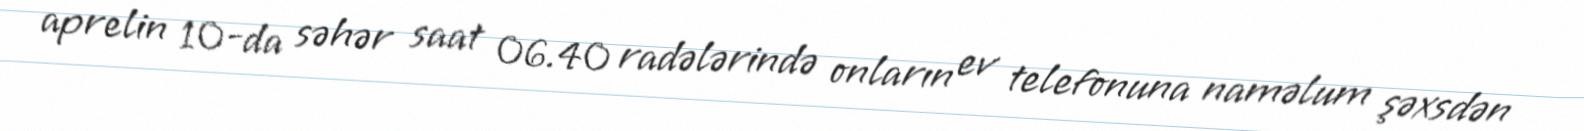
aprelin 10-da səhər saat 06.40 radələrində onların ev telefonuna naməlum şəxsdən